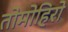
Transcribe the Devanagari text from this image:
तोमोहिरो